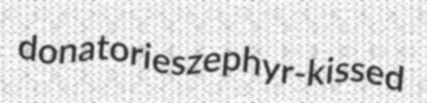
donatories zephyr-kissed